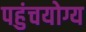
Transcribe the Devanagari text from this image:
पहुंचयोग्य